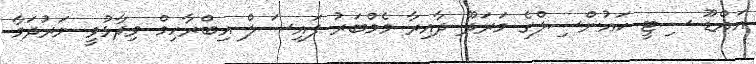
އައްޑޫ ސިޓީ ކައުންސިލްގެ މަރަދޫ ދާއިރާ މެމްބަރު ފައިސަލް އިބްރާހިމް ވިދާޅުވީ ނަރުދަމާ